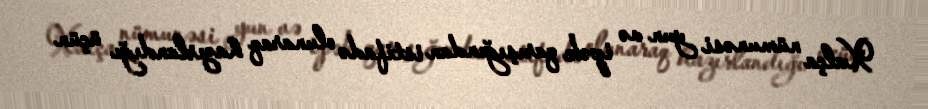
Xalça nümunəsi yun və ipək qarışığından istifadə olunaraq hazırlandığı üçün